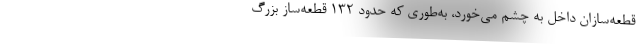
قطعه‌سازان داخل به چشم می‌خورد، به‌طوری که حدود 132 قطعه‌ساز بزرگ